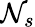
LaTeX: \mathcal{N}_{s}